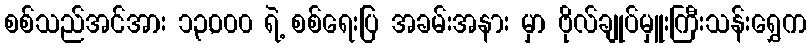
စစ်သည်အင်အား ၁၃,၀၀၀ ရဲ့ စစ်ရေးပြ အခမ်းအနား မှာ ဗိုလ်ချုပ်မှူးကြီးသန်းရွှေက